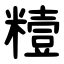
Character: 䊦